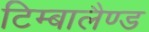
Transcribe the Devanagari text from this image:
टिम्बालैण्ड